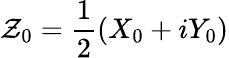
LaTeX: \mathcal{Z}_{0}=\frac{1}{2}(X_{0}+iY_{0})